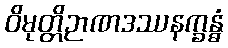
ဝိမုတ္တိဉာဏဒဿနက္ခန္ဓံ